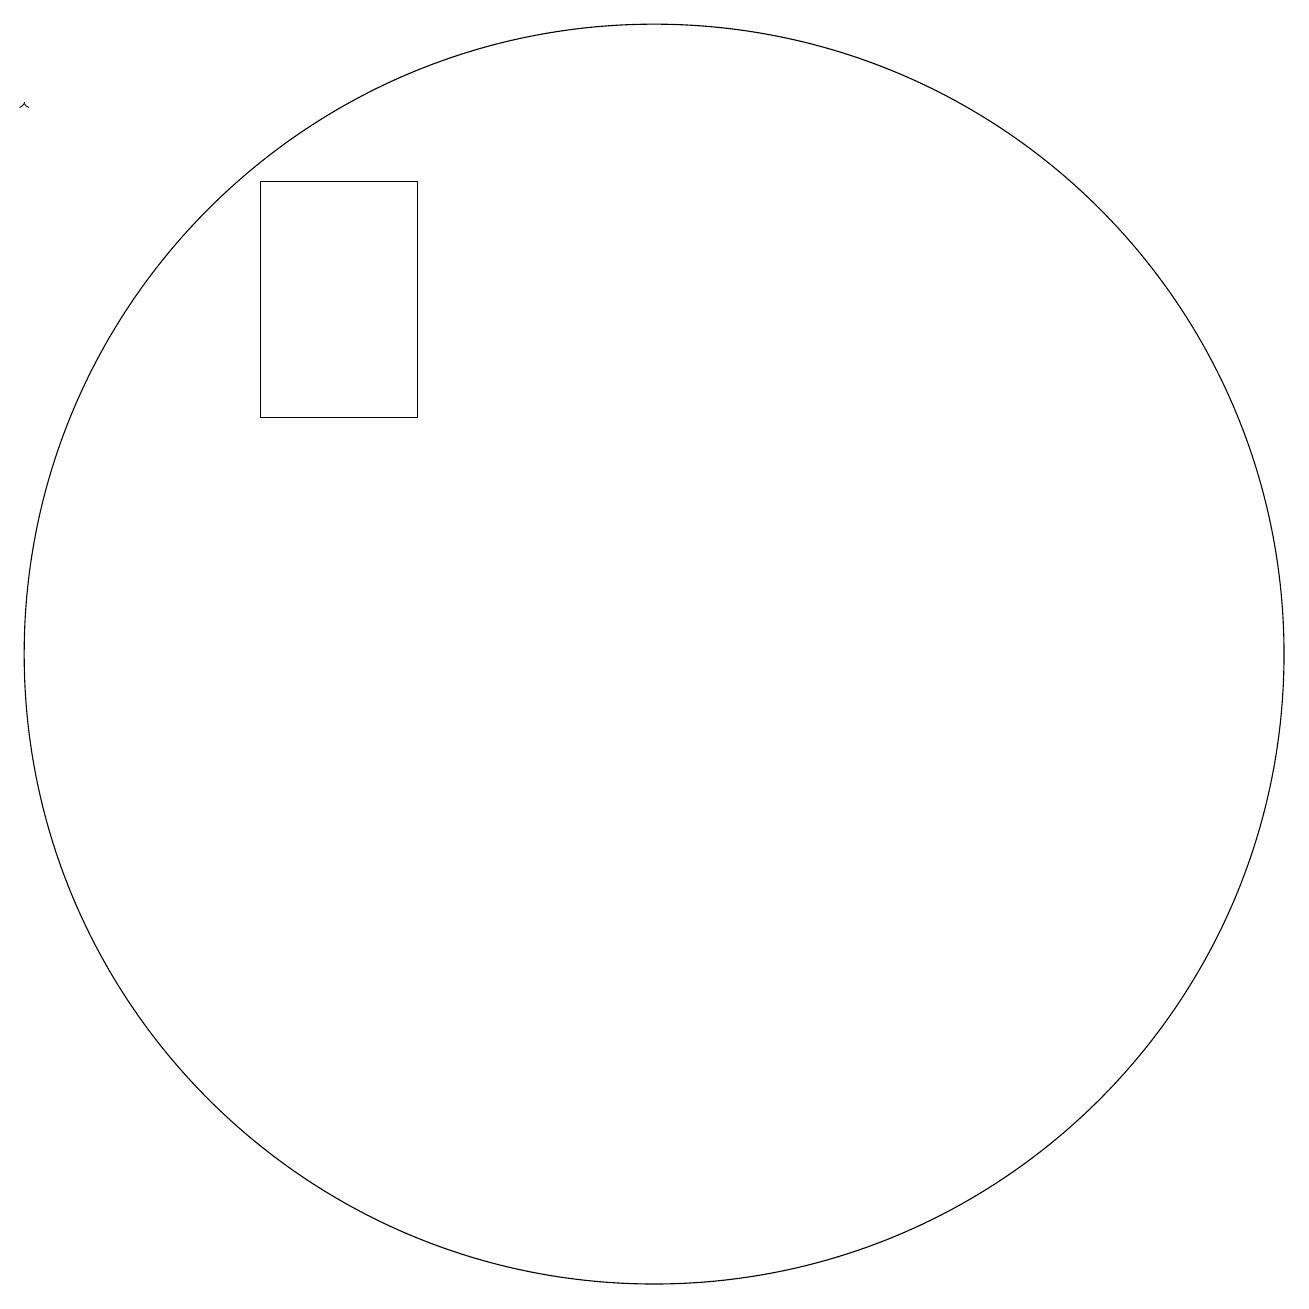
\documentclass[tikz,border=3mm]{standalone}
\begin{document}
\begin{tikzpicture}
\draw[->] (2,17) -- (2,17);
\draw (10,10) circle (8);
\draw (5,16) rectangle (7,13);
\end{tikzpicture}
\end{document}